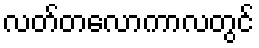
လတ်တလောကာလတွင်